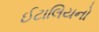
ઈટાલિયનો